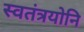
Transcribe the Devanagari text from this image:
स्वतंत्रयोनि